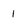
Character: 1